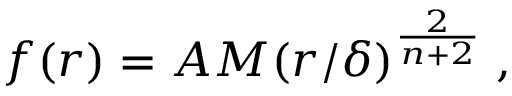
f ( r ) = A M ( r / \delta ) ^ { \frac { 2 } { n + 2 } } \; ,